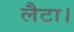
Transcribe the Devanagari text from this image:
लैटा।